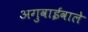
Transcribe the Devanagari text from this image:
अगुवाईवाले